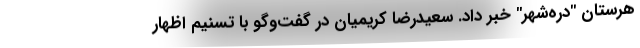
هرستان "دره‌شهر" خبر داد. سعیدرضا کریمیان در گفت‌‌و‌گو با تسنیم اظهار